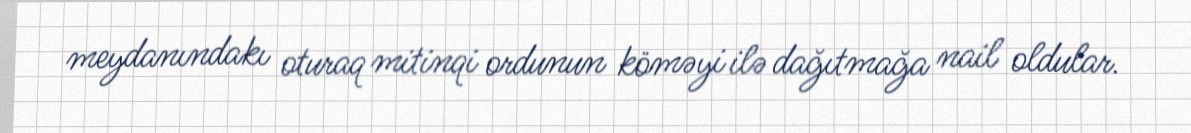
meydanındakı oturaq mitinqi ordunun köməyi ilə dağıtmağa nail oldular.